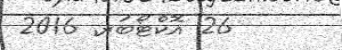
26 އޮކްޓޯބަރ